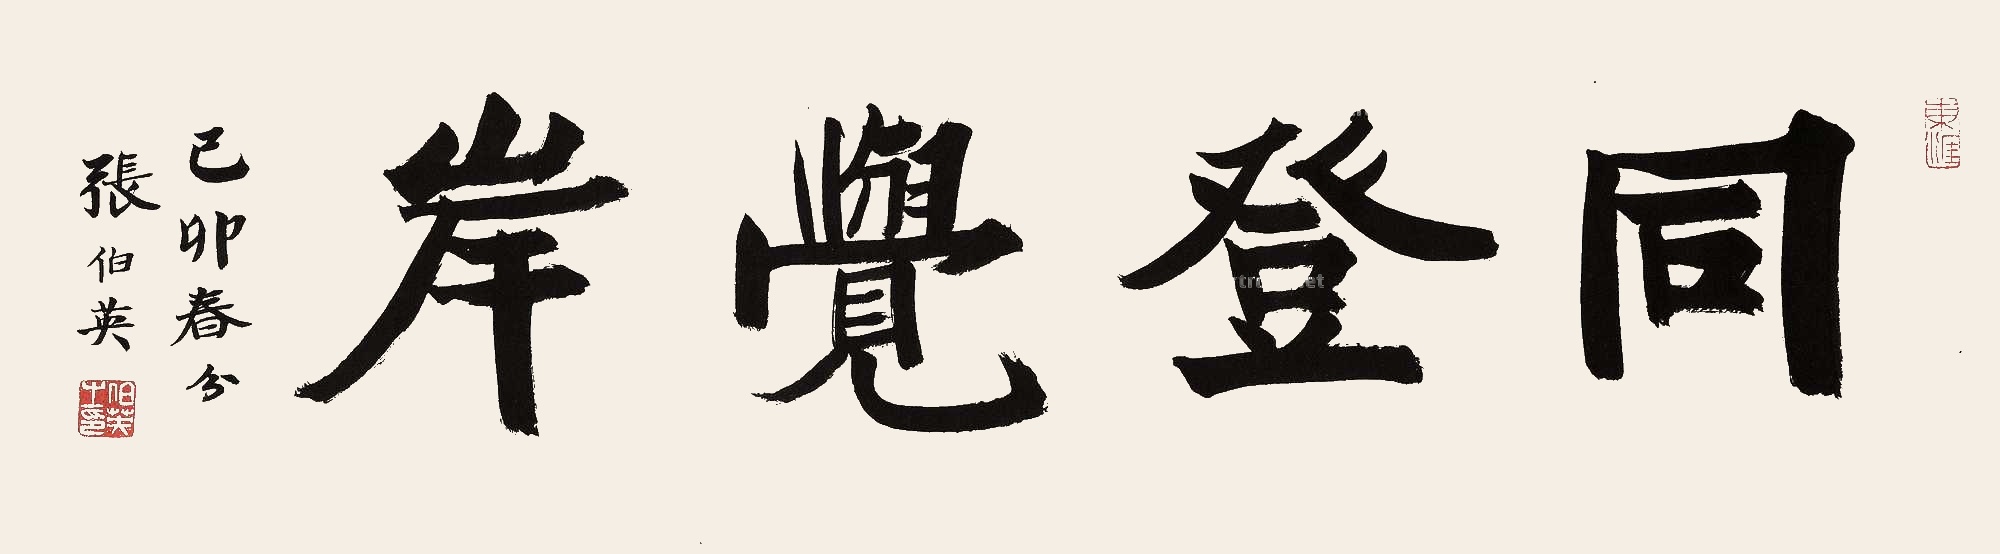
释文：同登觉岸。己卯春分，张伯英。